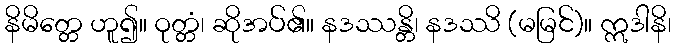
နိမိတ္တေ ဟူ၍။ ဝုတ္တံ၊ ဆိုအပ်၏။ နဒဿန္တိ၊ နဒဿိ (မမြင်)။ ဣဒါနိ၊